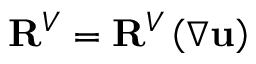
\mathbf { R } ^ { V } = \mathbf { R } ^ { V } \left( \nabla \mathbf { u } \right)